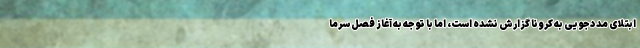
ابتلای مددجویی به کرونا گزارش نشده است، اما با توجه به آغاز فصل سرما